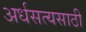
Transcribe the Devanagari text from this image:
अर्धसत्यसाठी